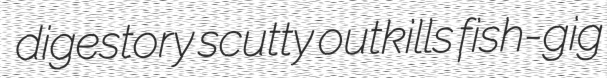
digestory scutty outkills fish-gig